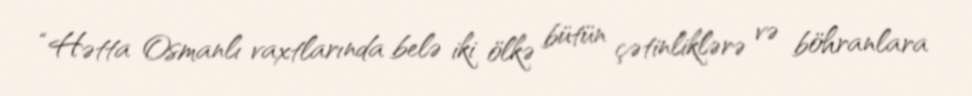
“Hətta Osmanlı vaxtlarında belə iki ölkə bütün çətinliklərə və böhranlara